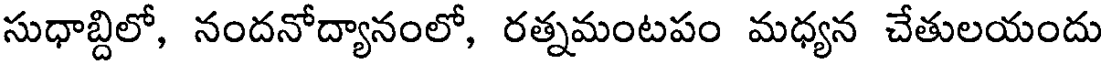
సుధాబ్దిలో, నందనోద్యానంలో, రత్నమంటపం మధ్యన చేతులయందు